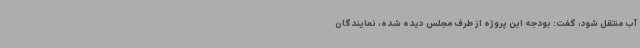
آب منتقل شود، گفت: بودجه این پروژه از طرف مجلس دیده شده، نمایندگان